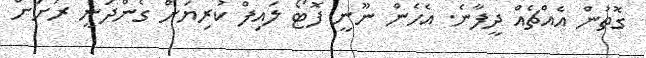
ގޮތުން އެއްޗެއް ދީފާނެ. އެހެން ނޫނީ ފޮޓޯ ލައިފް ކުރިޔަށް ގެންދަނީ ރަށަށް